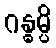
ဂန္ဓမ္ပိ